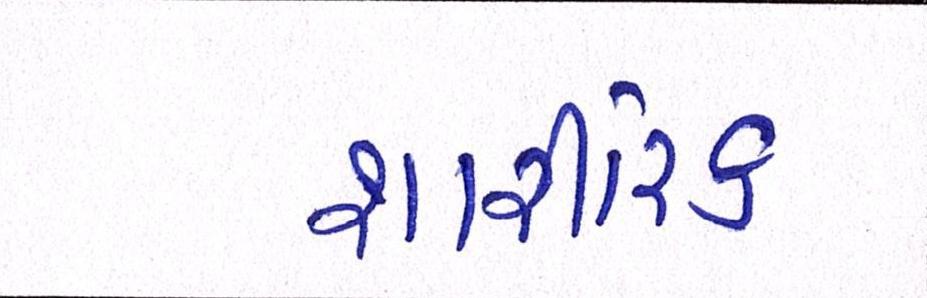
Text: શારીરિક